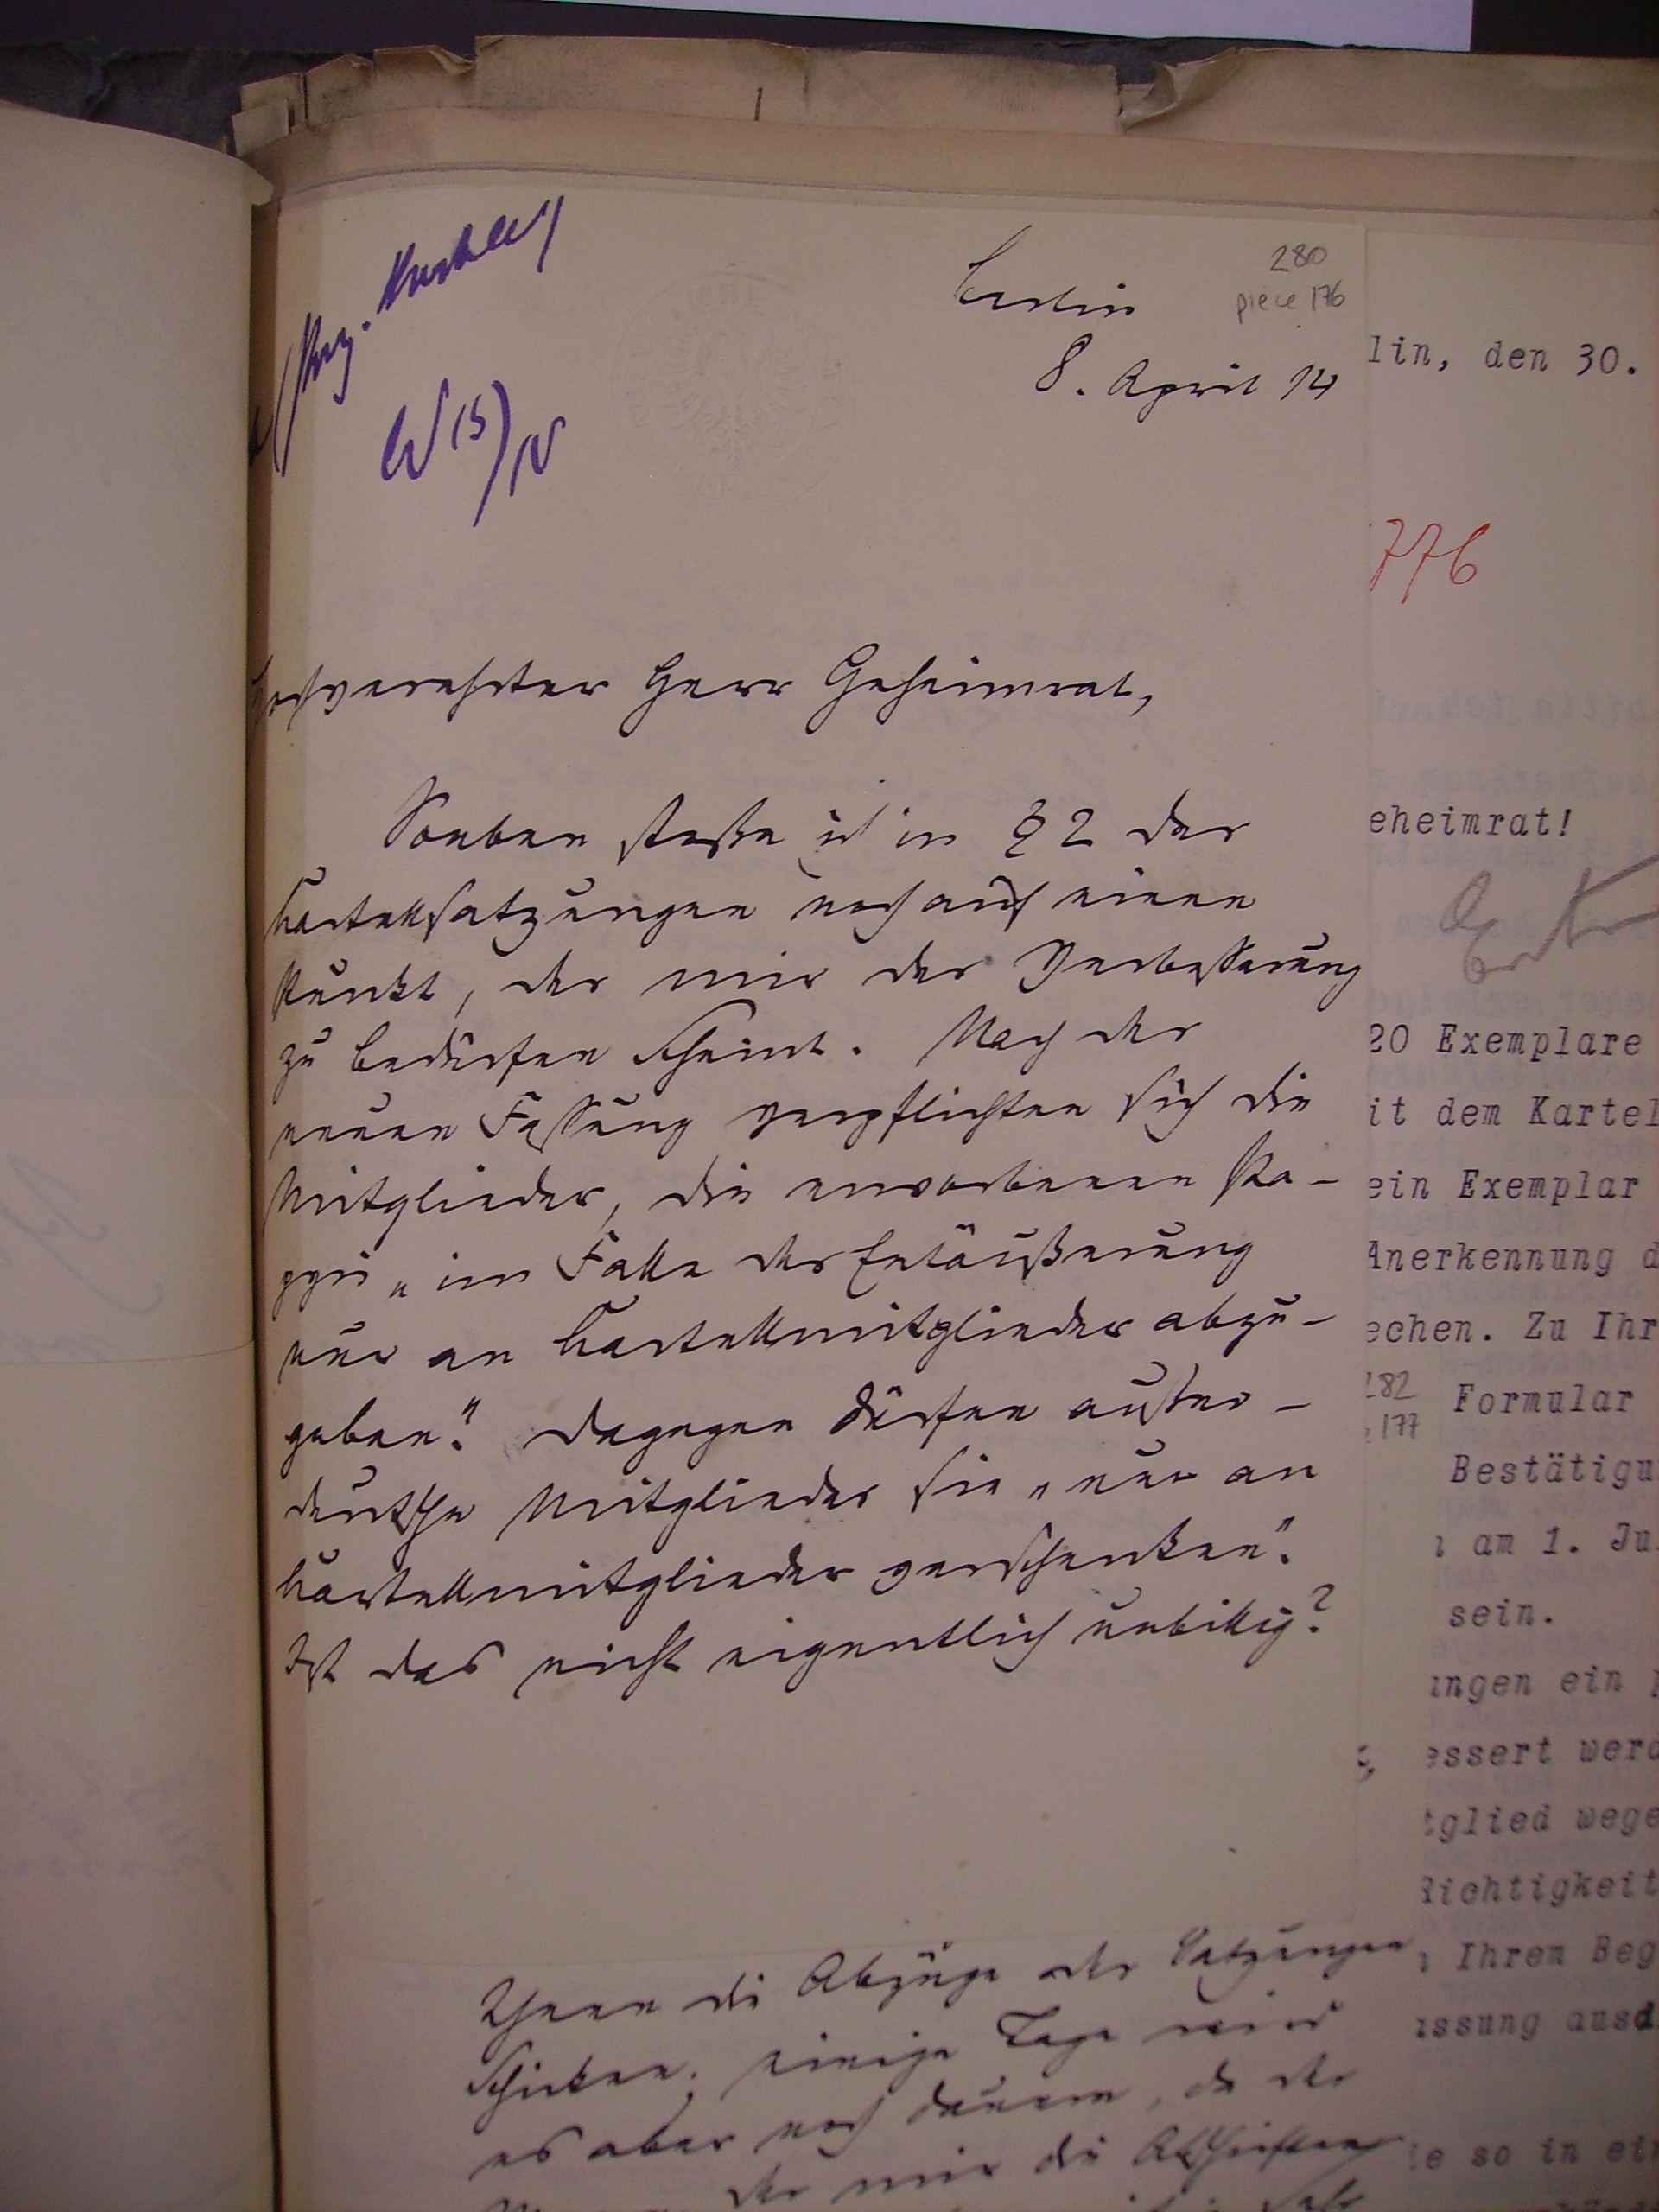
g. Kushee
280
Kerlin
piele Ab
8. Aprit 149
As)
1n
chverehrter Herr Geheimrat
Sonben stoße ich in 22 der
Kartetlsatzungen noch auf einen
Renkt, der mir der Verbessärung
zu bedürfen scheint. Nach der
nenen Fessung verpflichten sich die
Mitglieder die erworbenen Pa¬
n im Falle der Entäußerung
nur an Kartellmitglieder abzu¬
geben. Dagegen dürfen anster¬
deutsche Mitglieder sie nur an
Kartellmitglieder verscheiken
Iist das nicht eigentlich unbillig¬
Ihnen die Abzuge der Satzingen
schieben. einige Tage wird
es aber noch dauern de der
Wr mir de Alheitten
. al